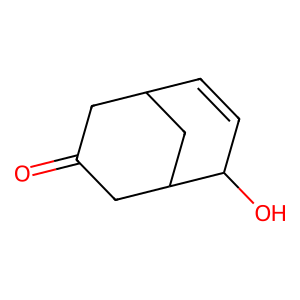
SMILES: O=C1CC2C=CC(O)C(C1)C2
Inhibits HIV replication: No